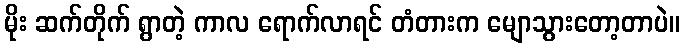
မိုး ဆက်တိုက် ရွာတဲ့ ကာလ ရောက်လာရင် တံတားက မျောသွားတော့တာပဲ။